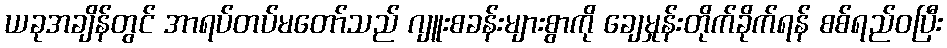
ယခုအချိန်တွင် အာရပ်တပ်မတော်သည် ဂျူးစခန်းများစွာကို ချေမှုန်းတိုက်ခိုက်ရန် စစ်ရည်ဝပြီး